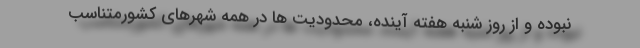
نبوده و از روز شنبه هفته آینده، محدودیت ها در همه شهرهای کشورمتناسب